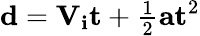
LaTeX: \mathbf{d}=\mathbf{V_{i}}\mathbf{t}+{\begin{array}{l}{{\frac{1}{2}}}\end{array}}\mathbf{a}\mathbf{t}^{2}